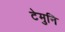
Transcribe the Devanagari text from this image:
टेमुनि